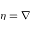
\eta = \nabla